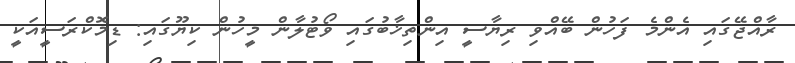
ރާއްޖޭގައި އެންމެ ފަހުން ބޭއްވި ރިޔާސީ އިންތިޚާބުގައި ވޯޓުލާން މީހުން ކިޔޫގައި: ޑިމޮކްރަސީއަކީ